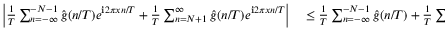
\begin{array} { r l } { \left| \frac { 1 } { T } \sum _ { n = - \infty } ^ { - N - 1 } \hat { g } ( n / T ) e ^ { \mathbf { i } 2 \pi x n / T } + \frac { 1 } { T } \sum _ { n = N + 1 } ^ { \infty } \hat { g } ( n / T ) e ^ { \mathbf { i } 2 \pi x n / T } \right| } & { { } \le \frac { 1 } { T } \sum _ { n = - \infty } ^ { - N - 1 } \hat { g } ( n / T ) + \frac { 1 } { T } \sum _ { n = N + 1 } ^ { \infty } \hat { g } ( n / T ) } \end{array}